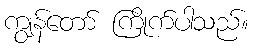
ကျွန်တော် ကြိုက်ပါသည်။